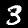
Label: 3